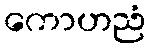
ကောဟညံ